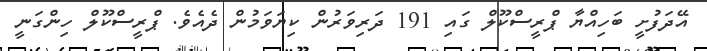
އޭދަފުށީ ބަހިއްޔާ ޕްރީސްކޫލް ގައި 191 ދަރިވަރުން ކިޔަވަމުން ދެއެވެ. ޕްރީސްކޫލް ހިންގަނީ